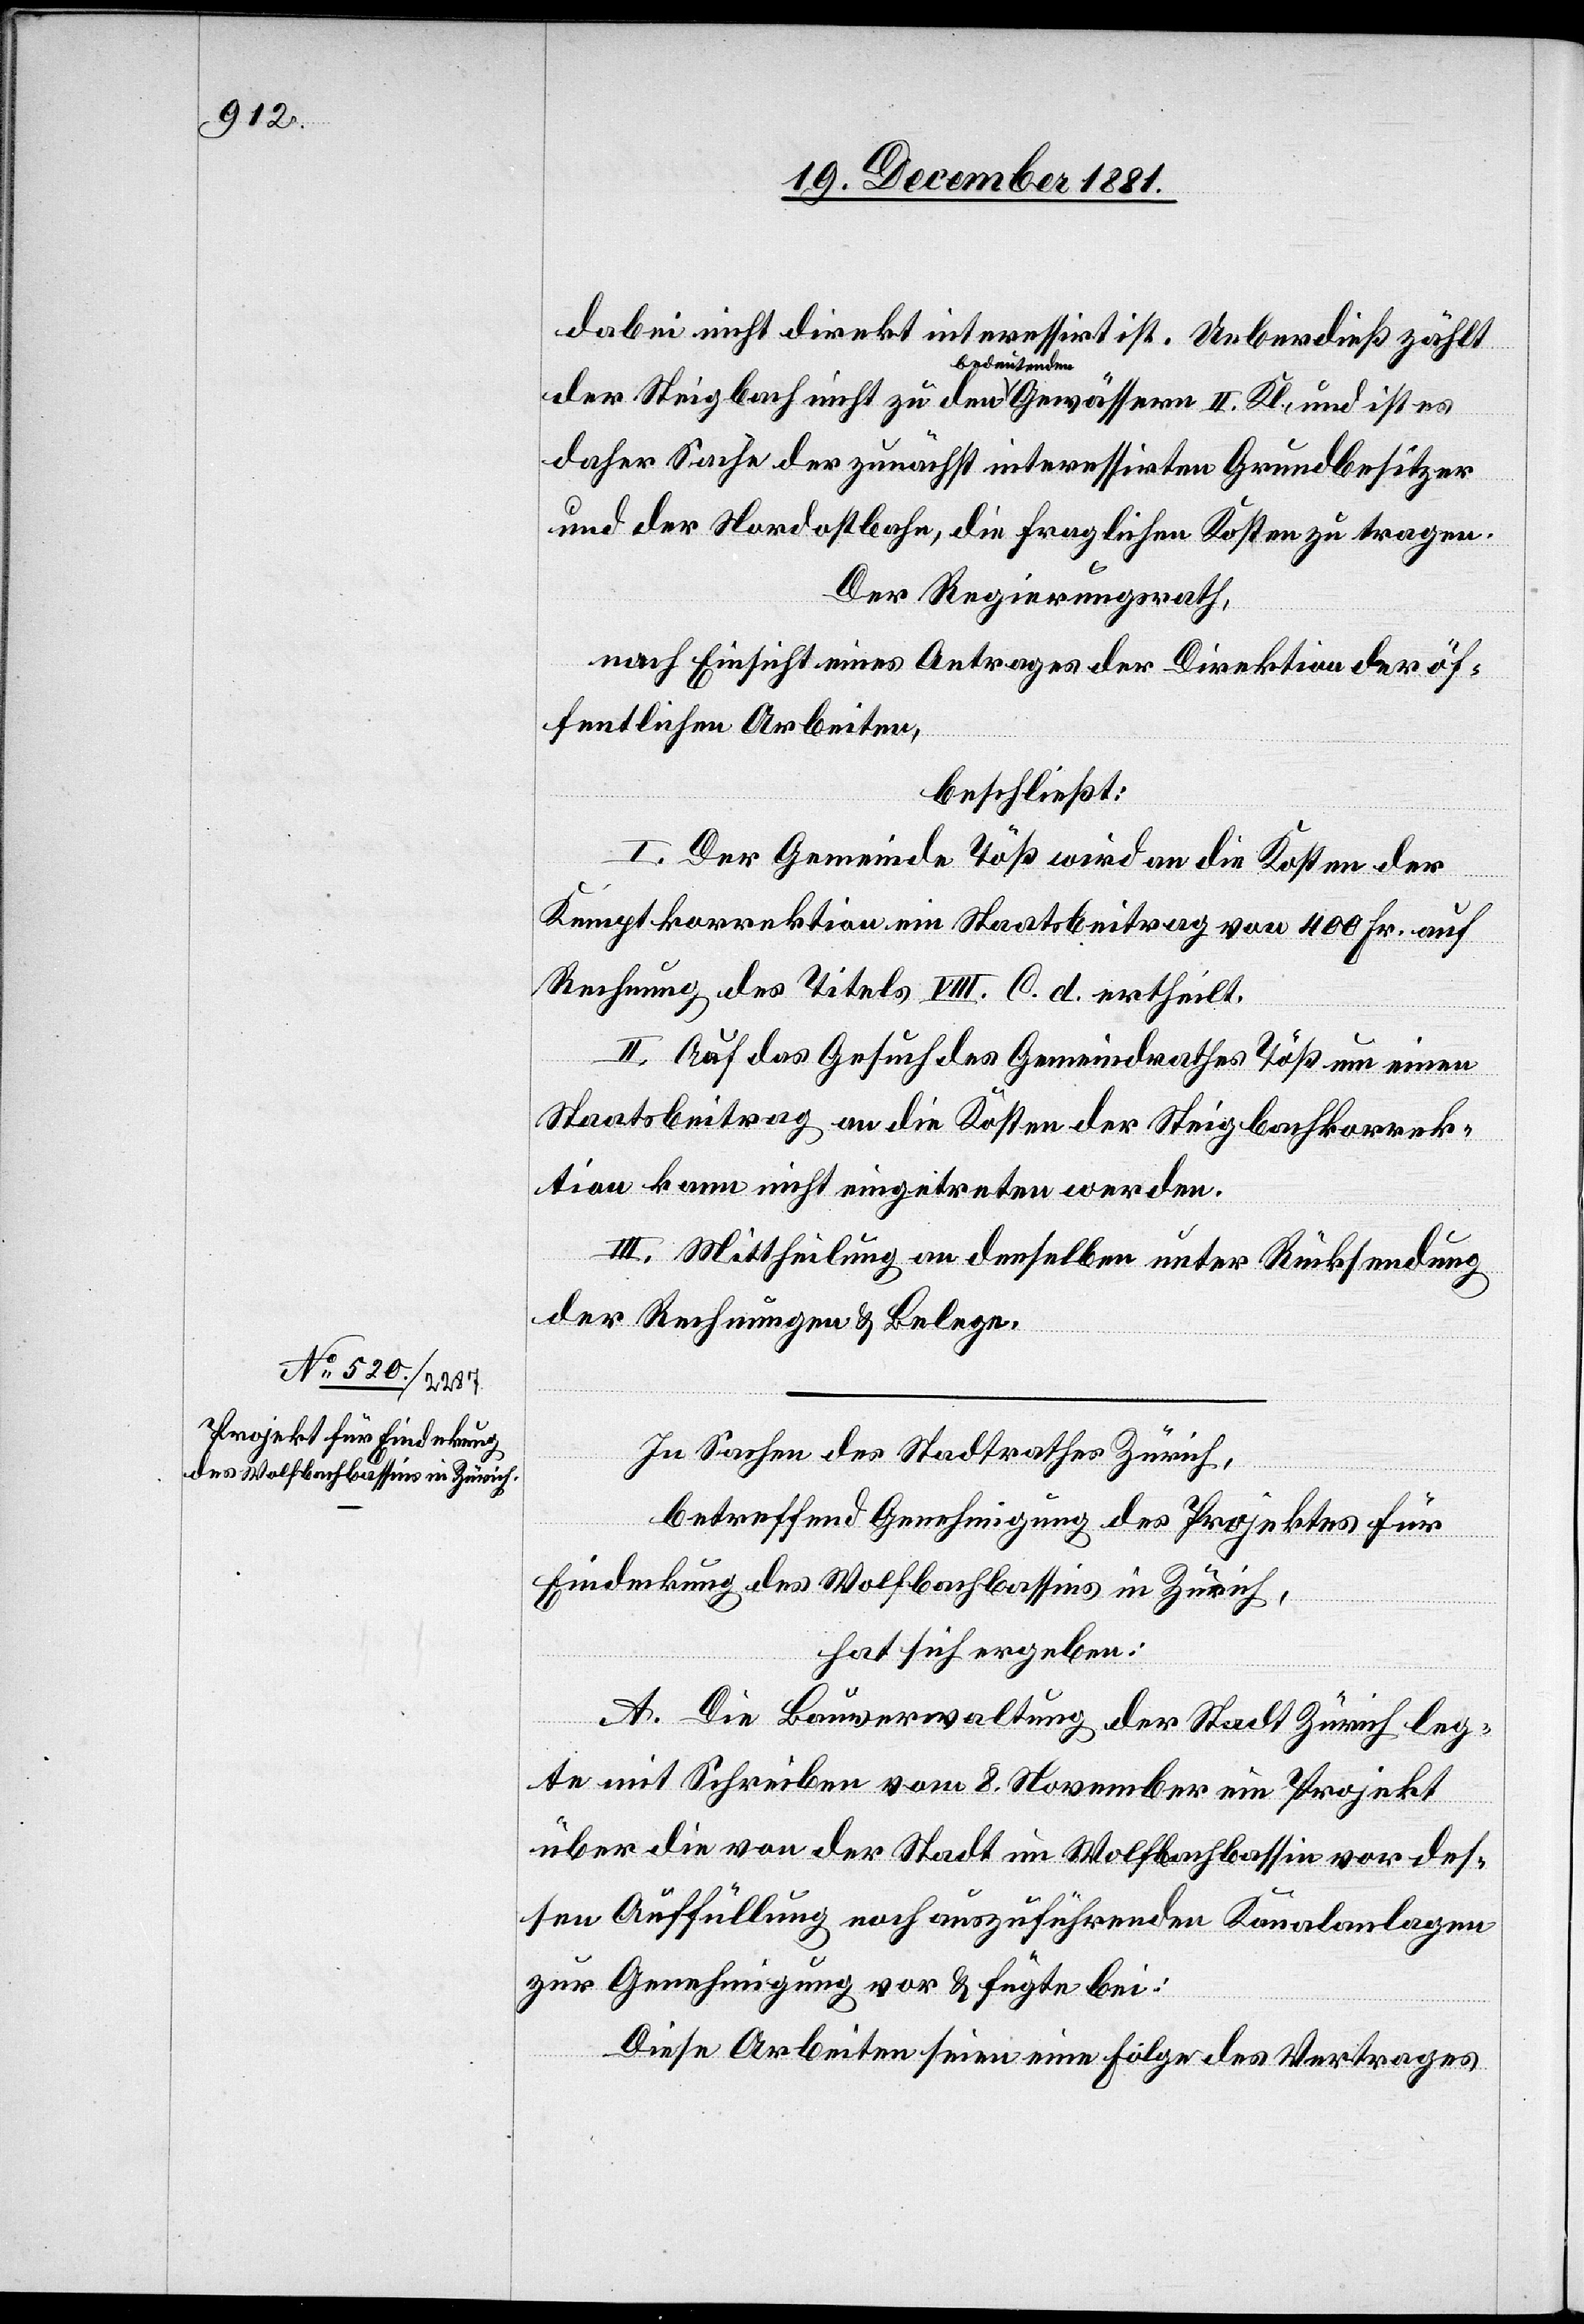
dabei nicht direkt interessirt ist. Ueberdieß zählt
der Steigbach nicht zu den bedeutenden Gewässern II. Kl., und ist es
daher Sache der zunächst interessirten Grundbesitzer
und der Nordostbahn, die fraglichen Kosten zu tragen.
Der Regierungsrath,
nach Einsicht eines Antrages der Direktion der öf¬
fentlichen Arbeiten,
beschließt:
I. Der Gemeinde Töß wird an die Kosten der
Kemptkorrektion ein Staatsbeitrag von 400 Fr. auf
Rechnung des Titels VIII. C. d. ertheilt.
II. Auf das Gesuch des Gemeindrathes Töß um einen
Staatsbeitrag an die Kosten der Steigbachkorrek¬
tion kann nicht eingetreten werden.
III. Mittheilung an denselben unter Rücksendung
der Rechnung & Belege.
In Sachen des Stadtrathes Zürich,
betreffend Genehmigung des Projektes für
Eindeckung des Wolfbachbassins in Zürich,
hat sich ergeben:
A. Die Bauverwaltung der Stadt Zürich leg¬
te mit Schreiben vom 8. November ein Projekt
über die von der Stadt im Wolfbachbassin vor des¬
sen Auffüllung noch auszuführenden Kanalanlagen
zur Genehmigung vor & fügte bei:
Diese Arbeiten seien eine Folge des Vertrages